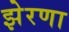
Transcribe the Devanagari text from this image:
झेरणा